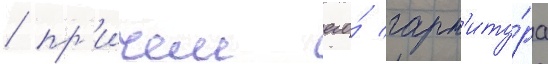
/ пр'ичем его́ гарн'иту́ра